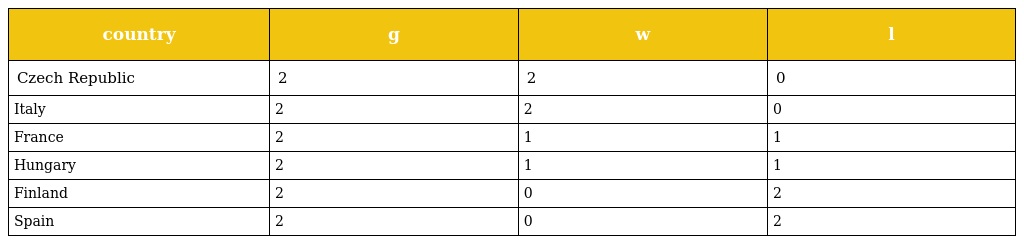
| country | g | w | l |
 | --- | --- | --- | --- |
 | Czech Republic | 2 | 2 | 0 |
 | Italy | 2 | 2 | 0 |
 | France | 2 | 1 | 1 |
 | Hungary | 2 | 1 | 1 |
 | Finland | 2 | 0 | 2 |
 | Spain | 2 | 0 | 2 |